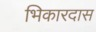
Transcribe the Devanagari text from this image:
भिकारदास